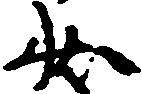
状